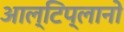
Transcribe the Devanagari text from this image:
आल्टिप्लानो